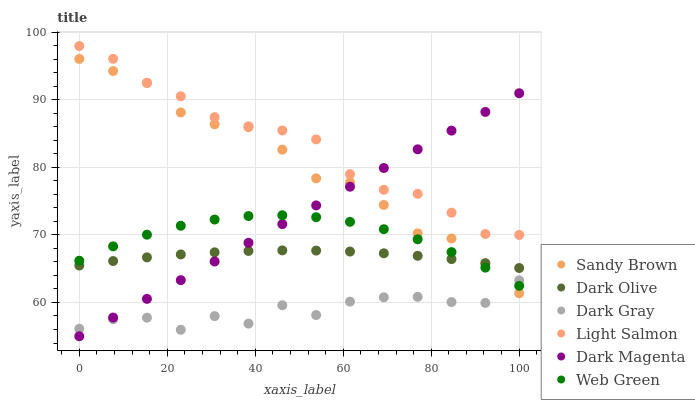
| xaxis_label | Sandy Brown | Dark Olive | Dark Gray | Light Salmon | Dark Magenta | Web Green |
 | --- | --- | --- | --- | --- | --- | --- |
 | 0 | 96.1 | 65.5 | 56.1 | 98 | 55 | 66.2 |
 | 7.69 | 94.3 | 66.1 | 57.5 | 96.1 | 57.8 | 68.3 |
 | 15.4 | 92.6 | 66.7 | 57.7 | 92.5 | 60.5 | 70 |
 | 23.1 | 88.2 | 67.1 | 56 | 90.6 | 63.3 | 71.4 |
 | 30.8 | 86.4 | 67.4 | 58 | 87.5 | 66.1 | 72.3 |
 | 38.5 | 86 | 67.6 | 56.9 | 86.1 | 68.8 | 72.8 |
 | 46.2 | 82.6 | 67.7 | 59.6 | 85.5 | 71.6 | 72.9 |
 | 53.8 | 78.4 | 67.7 | 58.1 | 84.2 | 74.4 | 72.6 |
 | 61.5 | 77.8 | 67.5 | 60.1 | 79 | 77.2 | 71.9 |
 | 69.2 | 74.5 | 67.3 | 60.8 | 76.7 | 79.9 | 70.9 |
 | 76.9 | 70.2 | 66.9 | 60.8 | 76.1 | 82.7 | 69.4 |
 | 84.6 | 69.5 | 66.4 | 60.1 | 73.3 | 85.5 | 67.5 |
 | 92.3 | 65.8 | 65.8 | 59.9 | 70.1 | 88.2 | 65.2 |
 | 100 | 61.4 | 65.1 | 63.3 | 70 | 91 | 62.5 |